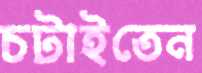
চটাইতেন